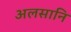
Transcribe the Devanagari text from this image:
अलसानि